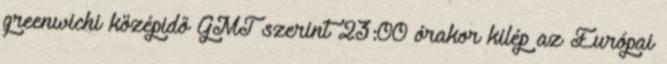
greenwichi középidő GMT szerint 23:00 órakor kilép az Európai